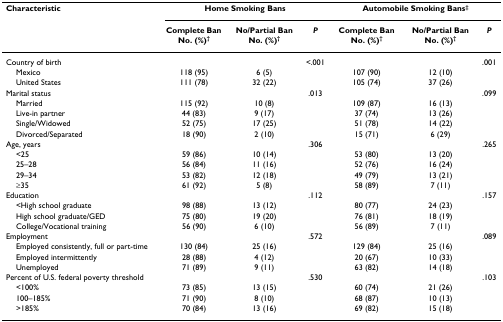
<table><thead><tr><td><b>Characteristic</b></td><td colspan="3"><b>Home Smoking Bans</b></td><td colspan="3"><b>Automobile Smoking Bans<sup>‡</sup></b></td></tr><tr><td></td><td><b>Complete Ban No. (%)<sup>†</sup></b></td><td><b>No/Partial Ban No. (%)<sup>†</sup></b></td><td><b><i>P</i></b></td><td><b>Complete Ban No. (%)<sup>†</sup></b></td><td><b>No/Partial Ban No. (%)<sup>†</sup></b></td><td><b><i>P</i></b></td></tr></thead><tbody><tr><td>Country of birth</td><td></td><td></td><td>&lt;.001</td><td></td><td></td><td>.001</td></tr><tr><td> Mexico</td><td>118 (95)</td><td>6 (5)</td><td></td><td>107 (90)</td><td>12 (10)</td><td></td></tr><tr><td> United States</td><td>111 (78)</td><td>32 (22)</td><td></td><td>105 (74)</td><td>37 (26)</td><td></td></tr><tr><td>Marital status</td><td></td><td></td><td>.013</td><td></td><td></td><td>.099</td></tr><tr><td> Married</td><td>115 (92)</td><td>10 (8)</td><td></td><td>109 (87)</td><td>16 (13)</td><td></td></tr><tr><td> Live-in partner</td><td>44 (83)</td><td>9 (17)</td><td></td><td>37 (74)</td><td>13 (26)</td><td></td></tr><tr><td> Single/Widowed</td><td>52 (75)</td><td>17 (25)</td><td></td><td>51 (78)</td><td>14 (22)</td><td></td></tr><tr><td> Divorced/Separated</td><td>18 (90)</td><td>2 (10)</td><td></td><td>15 (71)</td><td>6 (29)</td><td></td></tr><tr><td>Age, years</td><td></td><td></td><td>.306</td><td></td><td></td><td>.265</td></tr><tr><td> &lt;25</td><td>59 (86)</td><td>10 (14)</td><td></td><td>53 (80)</td><td>13 (20)</td><td></td></tr><tr><td> 25–28</td><td>56 (84)</td><td>11 (16)</td><td></td><td>52 (76)</td><td>16 (24)</td><td></td></tr><tr><td> 29–34</td><td>53 (82)</td><td>12 (18)</td><td></td><td>49 (79)</td><td>13 (21)</td><td></td></tr><tr><td> ≥35</td><td>61 (92)</td><td>5 (8)</td><td></td><td>58 (89)</td><td>7 (11)</td><td></td></tr><tr><td>Education</td><td></td><td></td><td>.112</td><td></td><td></td><td>.157</td></tr><tr><td> &lt;High school graduate</td><td>98 (88)</td><td>13 (12)</td><td></td><td>80 (77)</td><td>24 (23)</td><td></td></tr><tr><td> High school graduate/GED</td><td>75 (80)</td><td>19 (20)</td><td></td><td>76 (81)</td><td>18 (19)</td><td></td></tr><tr><td> College/Vocational training</td><td>56 (90)</td><td>6 (10)</td><td></td><td>56 (89)</td><td>7 (11)</td><td></td></tr><tr><td>Employment</td><td></td><td></td><td>.572</td><td></td><td></td><td>.089</td></tr><tr><td> Employed consistently, full or part-time</td><td>130 (84)</td><td>25 (16)</td><td></td><td>129 (84)</td><td>25 (16)</td><td></td></tr><tr><td> Employed intermittently</td><td>28 (88)</td><td>4 (12)</td><td></td><td>20 (67)</td><td>10 (33)</td><td></td></tr><tr><td> Unemployed</td><td>71 (89)</td><td>9 (11)</td><td></td><td>63 (82)</td><td>14 (18)</td><td></td></tr><tr><td>Percent of U.S. federal poverty threshold</td><td></td><td></td><td>.530</td><td></td><td></td><td>.103</td></tr><tr><td> &lt;100%</td><td>73 (85)</td><td>13 (15)</td><td></td><td>60 (74)</td><td>21 (26)</td><td></td></tr><tr><td> 100–185%</td><td>71 (90)</td><td>8 (10)</td><td></td><td>68 (87)</td><td>10 (13)</td><td></td></tr><tr><td> &gt;185%</td><td>70 (84)</td><td>13 (16)</td><td></td><td>69 (82)</td><td>15 (18)</td><td></td></tr></tbody></table>